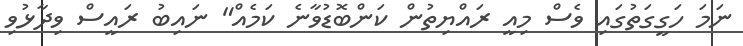
ނަމަ ހަގީގަތުގައި ވެސް މިއީ ރައްޔިތުން ކަންބޮޑުވާނެ ކަމެއް" ނައިބު ރައީސް ވިދާޅުވި